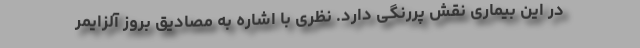
در این بیماری نقش پررنگی دارد. نظری با اشاره به مصادیق بروز آلزایمر